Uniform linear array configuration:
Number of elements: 48
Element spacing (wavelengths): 0.25
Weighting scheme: exponential
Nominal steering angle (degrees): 0
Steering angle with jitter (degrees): -0.5576
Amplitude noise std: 0.05
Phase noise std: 0.05

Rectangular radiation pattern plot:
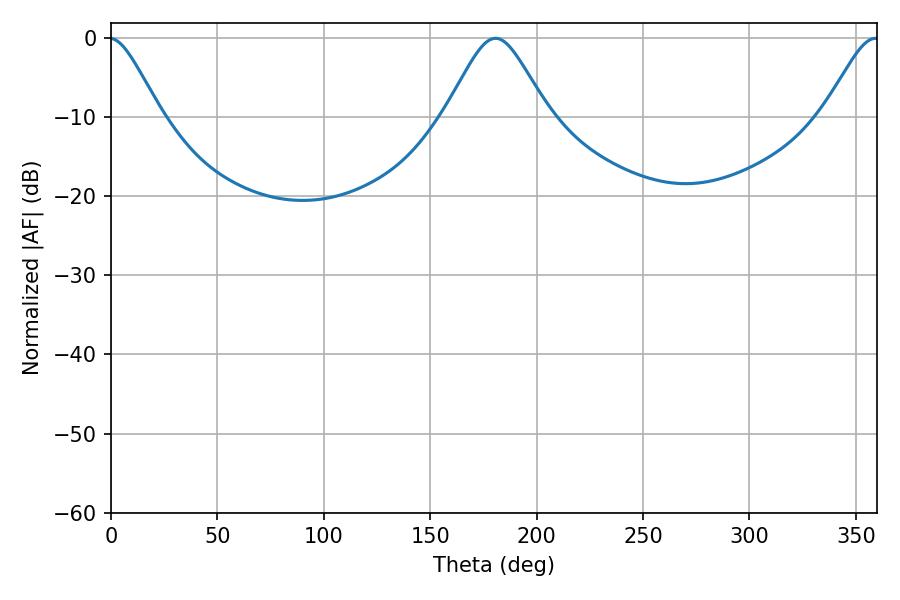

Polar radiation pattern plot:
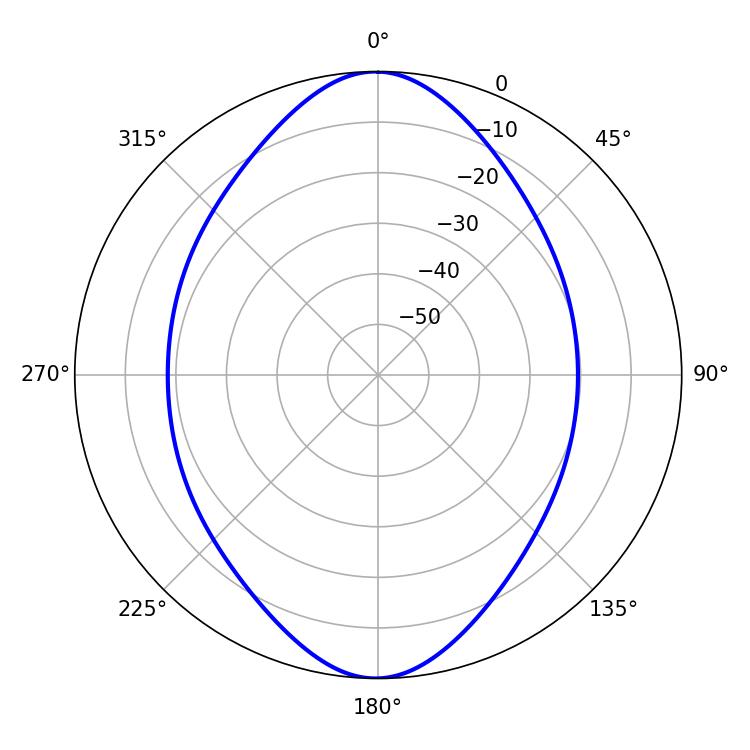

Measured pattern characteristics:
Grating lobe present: FALSE
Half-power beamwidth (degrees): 23.4
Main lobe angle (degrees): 180.72